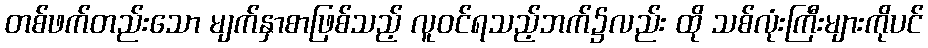
တစ်ဖက်တည်းသော မျက်နှာစာဖြစ်သည့် လူဝင်ရသည့်ဘက်၌လည်း ထို သစ်လုံးကြီးများကိုပင်